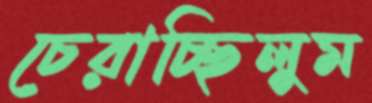
চেরাচ্ছিলুম